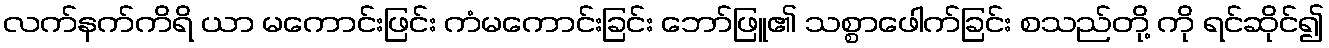
လက်နက်ကိရိ ယာ မကောင်းဖြင်း ကံမကောင်းခြင်း ဘော်ဖြူ၏ သစ္စာဖေါက်ခြင်း စသည်တို့ ကို ရင်ဆိုင်၍